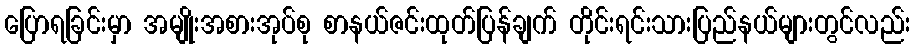
ပြောရခြင်းမှာ အမျိုးအစားအုပ်စု စာနယ်ဇင်းထုတ်ပြန်ချက် တိုင်းရင်းသားပြည်နယ်များတွင်လည်း